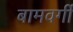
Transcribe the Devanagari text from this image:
बामवर्गी